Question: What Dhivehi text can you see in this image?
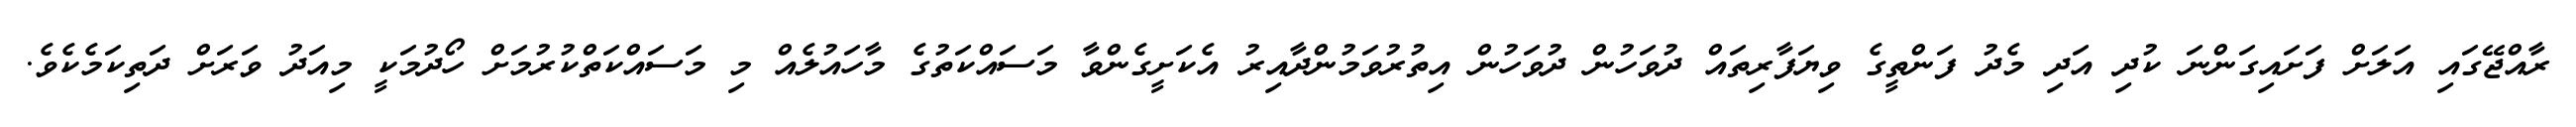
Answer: ރާއްޖޭގައި އަލަށް ފަށައިގަންނަ ކުދި އަދި މެދު ފަންތީގެ ވިޔަފާރިތައް ދުވަހުން ދުވަހުން އިތުރުވަމުންދާއިރު އެކަށީގެންވާ މަސައްކަތުގެ މާހައުލެއް މި މަސައްކަތްކުރުމަށް ހޯދުމަކީ މިއަދު ވަރަށް ދަތިކަމެކެވެ.